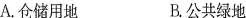
A.仓储用地 B.公共绿地